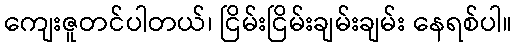
ကျေးဇူတင်ပါတယ်၊ ငြိမ်းငြိမ်းချမ်းချမ်း နေရစ်ပါ။